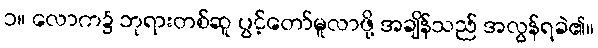
၁။ လောက၌ ဘုရားတစ်ဆူ ပွင့်တော်မူလာဖို့ အချိန်သည် အလွန်ရခဲ၏။